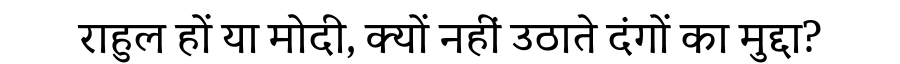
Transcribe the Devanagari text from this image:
राहुल हों या मोदी, क्यों नहीं उठाते दंगों का मुद्दा?